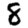
Digit: 8